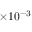
\times 1 0 ^ { - 3 }